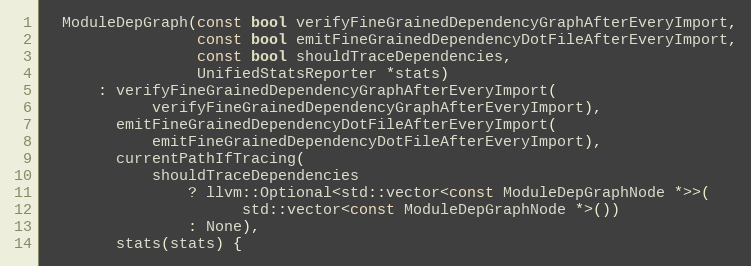
Language: C
  ModuleDepGraph(const bool verifyFineGrainedDependencyGraphAfterEveryImport,
                 const bool emitFineGrainedDependencyDotFileAfterEveryImport,
                 const bool shouldTraceDependencies,
                 UnifiedStatsReporter *stats)
      : verifyFineGrainedDependencyGraphAfterEveryImport(
            verifyFineGrainedDependencyGraphAfterEveryImport),
        emitFineGrainedDependencyDotFileAfterEveryImport(
            emitFineGrainedDependencyDotFileAfterEveryImport),
        currentPathIfTracing(
            shouldTraceDependencies
                ? llvm::Optional<std::vector<const ModuleDepGraphNode *>>(
                      std::vector<const ModuleDepGraphNode *>())
                : None),
        stats(stats) {